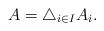
LaTeX: \begin{align*}A = \bigtriangleup_{i \in I} A_i.\end{align*}